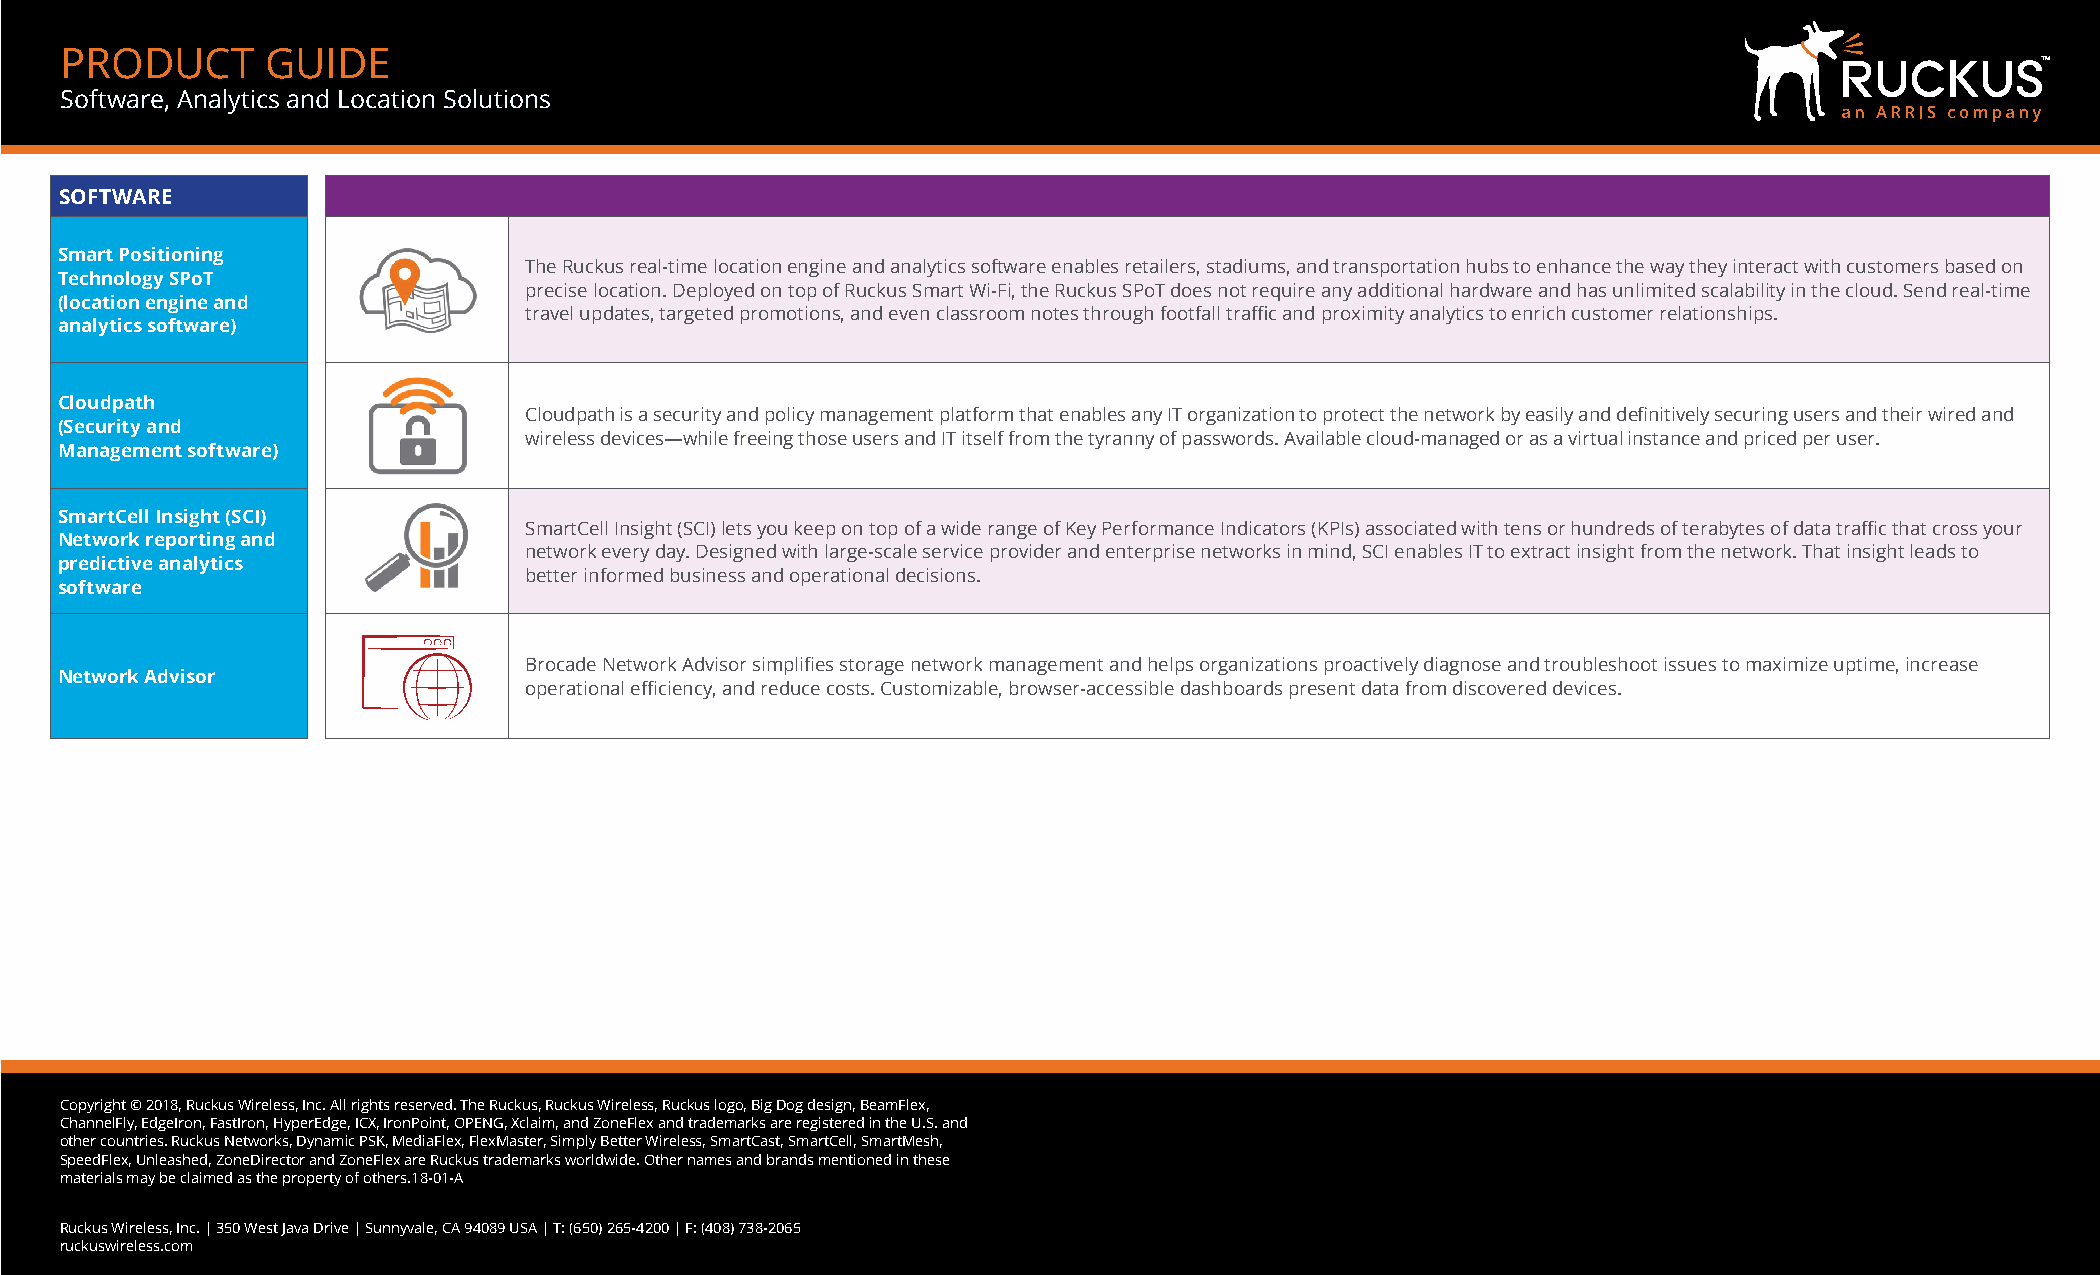
PRODUCT       GUIDE
 Software, Analytics and Location Solutions
 SOFTWARE
 Smart Positioning
 The Ruckus real-time location engine and analytics software enables retailers, stadiums, and transportation hubs to enhance the way they interact with customers based on
 Technology SPoT
 precise location. Deployed on top of Ruckus Smart Wi-Fi, the Ruckus SPoT does not require any additional hardware and has unlimited scalability in the cloud. Send real-time
 (location engine and
 travel updates, targeted promotions, and even classroom notes through footfall traffic and proximity analytics to enrich customer relationships.
 analytics software)
 Cloudpath
 Cloudpath is a security and policy management platform that enables any IT organization to protect the network by easily and definitively securing users and their wired and
 (Security and
 wireless devices—while freeing those users and IT itself from the tyranny of passwords. Available cloud-managed or as a virtual instance and priced per user.
 Management software)
 SmartCell Insight (SCI)
 SmartCell Insight (SCI) lets you keep on top of a wide range of Key Performance Indicators (KPIs) associated with tens or hundreds of terabytes of data traffic that cross your
 Network reporting and
 network every day. Designed with large-scale service provider and enterprise networks in mind, SCI enables IT to extract insight from the network. That insight leads to
 predictive analytics
 better informed business and operational decisions.
 software
 Brocade Network Advisor simplifies storage network management and helps organizations proactively diagnose and troubleshoot issues to maximize uptime, increase
 Network Advisor
 operational efficiency, and reduce costs. Customizable, browser-accessible dashboards present data from discovered devices.
 Copyright © 2018, Ruckus Wireless, Inc. All rights reserved. The Ruckus, Ruckus Wireless, Ruckus logo, Big Dog design, BeamFlex,
 ChannelFly, EdgeIron, FastIron, HyperEdge, ICX, IronPoint, OPENG, Xclaim, and ZoneFlex and trademarks are registered in the U.S. and
 other countries. Ruckus Networks, Dynamic PSK, MediaFlex, FlexMaster, Simply Better Wireless, SmartCast, SmartCell, SmartMesh,
 SpeedFlex, Unleashed, ZoneDirector and ZoneFlex are Ruckus trademarks worldwide. Other names and brands mentioned in these
 materials may be claimed as the property of others.18-01-A
 Ruckus Wireless, Inc. | 350 West Java Drive | Sunnyvale, CA 94089 USA | T: (650) 265-4200 | F: (408) 738-2065
 ruckuswireless.com